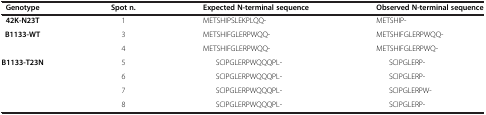
| Genotype | Spot n. | Expected N-terminal sequence | Observed N-terminal sequence |
 | --- | --- | --- | --- |
 | 42K-N23T | 1 | METSHIPSLEKPLQQ- | METSHIP- |
 | B1133-WT | 3 | METSHIFGLERPWQQ- | METSHIFGLERPWQQ- |
 |  | 4 | METSHIFGLERPWQQ- | METSHIFGLERPWQ- |
 | B1133-T23N | 5 | SCIPGLERPWQQQPL- | SCIPGLERP- |
 |  | 6 | SCIPGLERPWQQQPL- | SCIPGLERP- |
 |  | 7 | SCIPGLERPWQQQPL- | SCIPGLERPW- |
 |  | 8 | SCIPGLERPWQQQPL- | SCIPGLERP- |